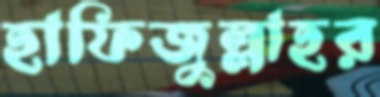
হাফিজুল্লাহর